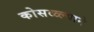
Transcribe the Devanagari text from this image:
कोसळ्ल्याने